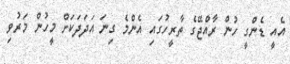
އެއީ ޑެންގީ ހުން ރާއްޖޭގެ ތާރީހުގައި އެންމެ ގިނަ އަދަދަކަށް މީހުން މަރުވި